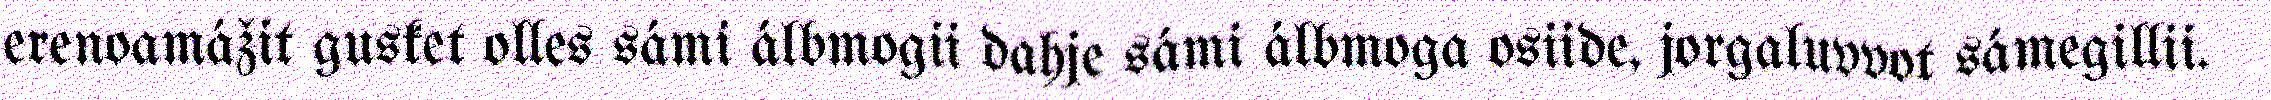
erenoamážit gusket olles sámi álbmogii dahje sámi álbmoga osiide, jorgaluvvot sámegillii.